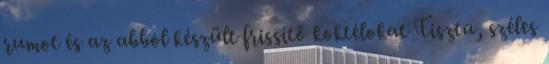
rumot és az abból készült frissítő koktélokat Tiszta, széles